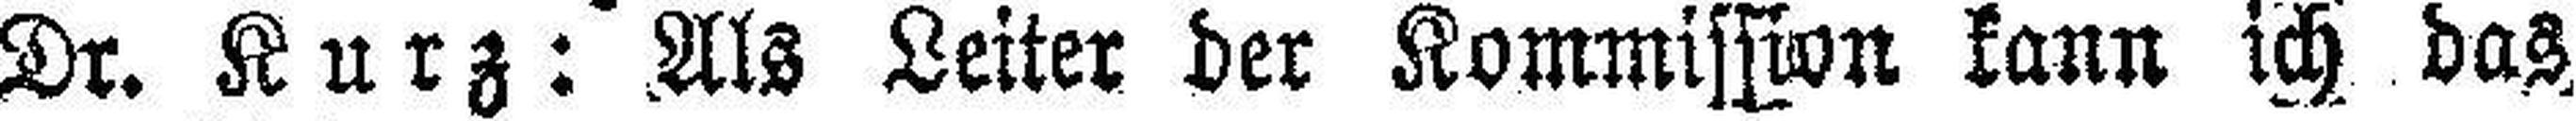
Dr. Kurz: Als Leiter der Kommission kann ich das